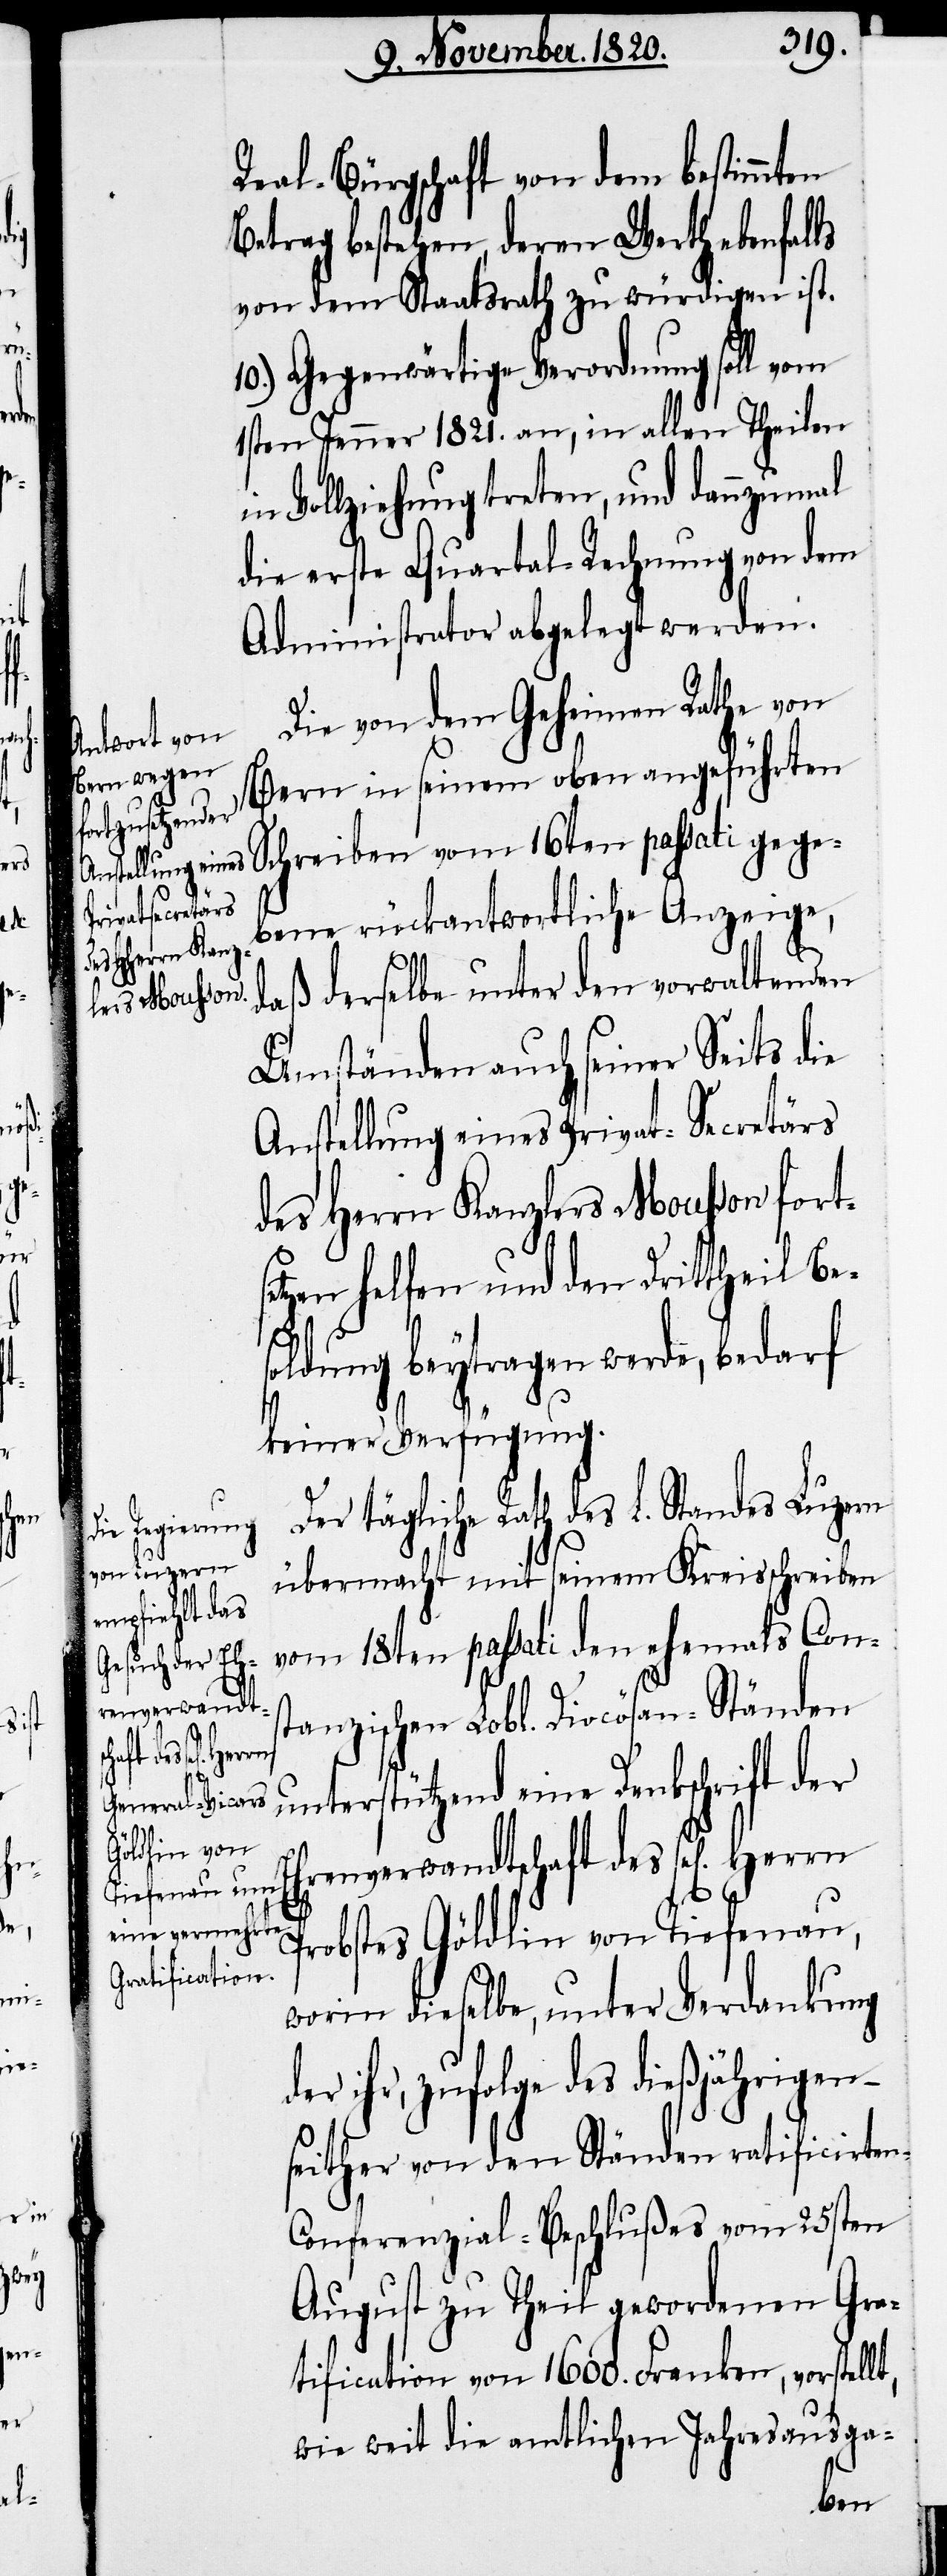
in

der

ih¬

Eh¬

Real-Bürgschaft von dem bestimmten
Betrag bestehen, deren Werth ebenfalls
von dem Staatsrath zu würdigen ist.
10.) Gegenwärtige Verordnung soll vom
1sten Jenner 1821. an, in allen Theilen
Vollziehung treten, und dannzumal
die erste Quartal-Rechnung von dem
Administrator abgelegt werden.
Die von dem Geheimen Rathe von
Bern in seinem oben angeführten
Schreiben vom 16ten passati gege¬
bene rückantwortliche Anzeige,
daß derselbe unter den vorwaltenden
Umständen auch seiner Seits die
Anstellung eines Privat-Secretärs
des Herrn Kanzlers Mousson forts¬
etzen helfen und den Drittheil Be¬
soldung beytragen werde, bedarf
keiner Verfügung.
Der tägliche Rath des L. Standes Luzern
übermacht mit seinem Kreisschreiben
vom 18ten passati den ehemals Cons¬
tanzischen Lobl. Diocösan-Ständen
unterstützend eine Denkschrift der
renverwandtschaft des sel[igen].
Probstes Göldlin von Tiefenau,
worin dieselbe, unter Verdankung
r, zufolge des dießjährigen
seither von den Ständen ratificirten
Conferenzial-Beschlußes vom 25sten
August zu Theil gewordenen Gra¬
tification von 1600. Franken, vorstellt,
wie weit die amtlichen Jahresausga-